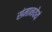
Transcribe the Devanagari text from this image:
संमानयेयं